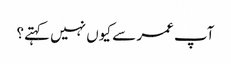
آپ عمر سے کیوں نہیں کہتے؟